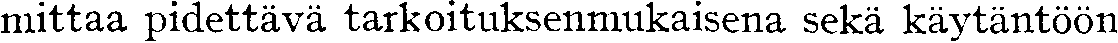
mittaa pidettävä tarkoituksenmukaisena sekä käytäntöön